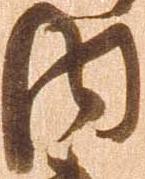
内